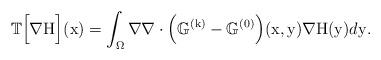
LaTeX: \begin{align*}\mathbb{T}\Big[\nabla \mathrm{H}\Big](\mathrm{x}) = \int_{\Omega} \nabla \nabla\cdot \Big(\mathbb{G}^{(\mathrm{k})}-\mathbb{G}^{(0)}\Big)(\mathrm{x},\mathrm{y})\nabla \mathrm{H}(\mathrm{y})d\mathrm{y}.\end{align*}